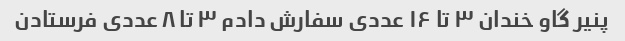
پنیر گاو خندان ۳ تا ۱۶ عددی سفارش دادم ۳ تا ۸ عددی فرستادن